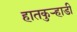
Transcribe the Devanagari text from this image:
हातकुर्‍हाडी